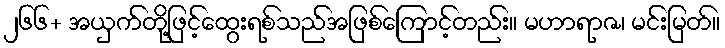
၂၆၆+ အယှက်တို့ဖြင့်ထွေးရစ်သည်အဖြစ်ကြောင့်တည်း။ မဟာရာဇ၊ မင်းမြတ်။